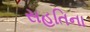
સહતિના